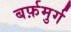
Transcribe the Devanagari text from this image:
बर्फ़मुर्ग